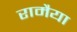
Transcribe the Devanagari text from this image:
रामैया